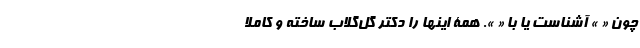
چون « » آشناست یا با « ». همۀ اینها را دکتر گل‌گلاب ساخته و کاملاً